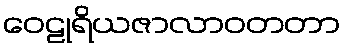
ဝေဠုရိယဇာလာဝတတာ